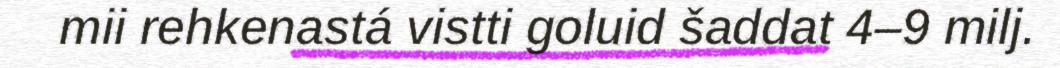
mii rehkenastá vistti goluid šaddat 4–9 milj.